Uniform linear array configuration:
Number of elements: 32
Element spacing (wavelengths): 0.5
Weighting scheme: uniform
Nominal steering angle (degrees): -30
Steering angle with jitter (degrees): -28.212
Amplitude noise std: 0.05
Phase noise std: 0.05

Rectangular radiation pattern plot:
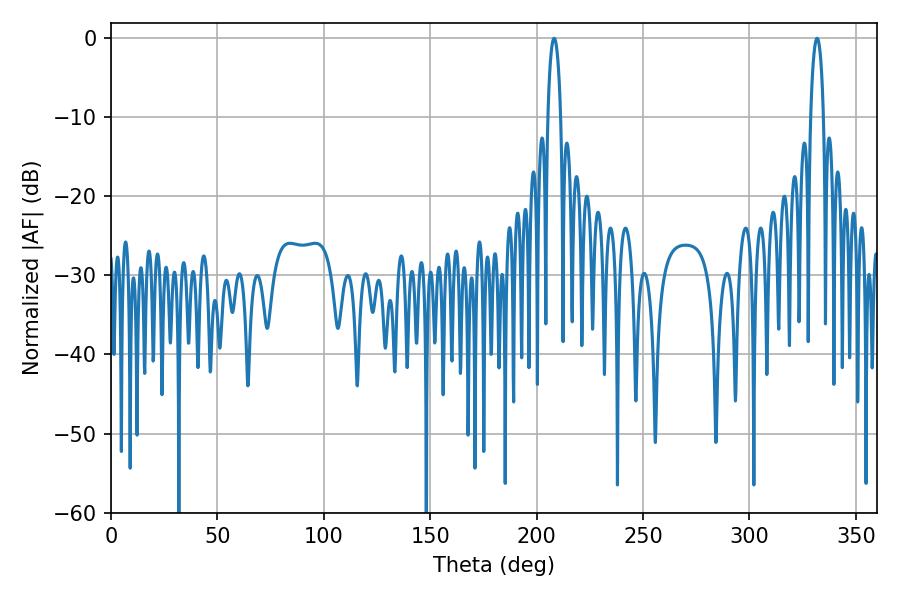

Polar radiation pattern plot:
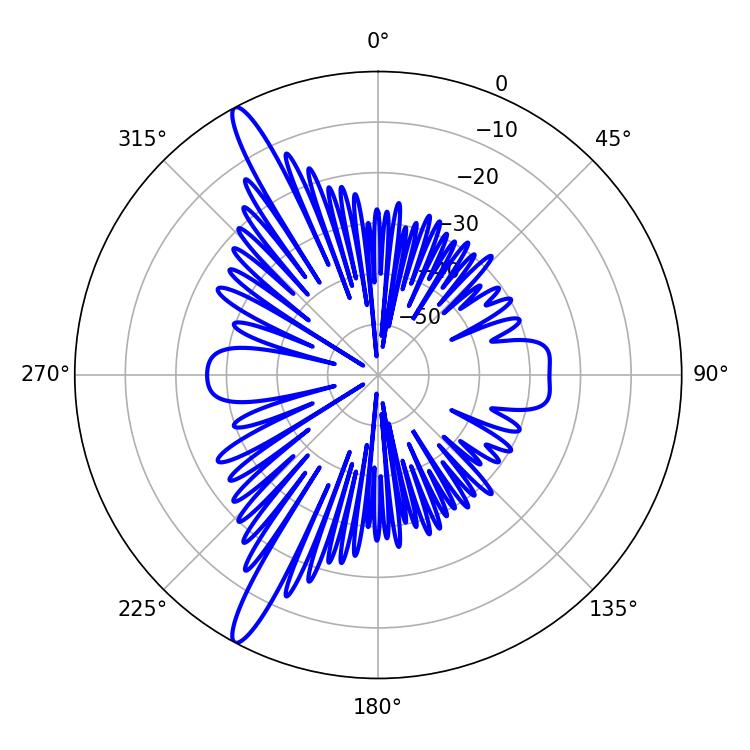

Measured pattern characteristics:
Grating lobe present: FALSE
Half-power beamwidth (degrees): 3.42
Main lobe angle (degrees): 331.74